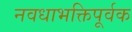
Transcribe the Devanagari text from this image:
नवधाभक्तिपूर्वक